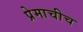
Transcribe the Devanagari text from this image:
प्रेमाचीच